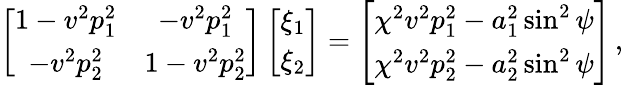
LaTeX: \left[\begin{array}{cc}{1-v^{2}p_{1}^{2}}&{-v^{2}p_{1}^{2}}\\ {-v^{2}p_{2}^{2}}&{1-v^{2}p_{2}^{2}}\end{array}\right]\left[\begin{array}{c}{\xi_{1}}\\ {\xi_{2}}\end{array}\right]=\left[\begin{array}{c}{\chi^{2}v^{2}p_{1}^{2}-a_{1}^{2}\sin^{2}\psi}\\ {\chi^{2}v^{2}p_{2}^{2}-a_{2}^{2}\sin^{2}\psi}\end{array}\right]\, ,